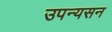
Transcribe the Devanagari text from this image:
उपन्यसन